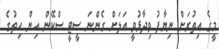
މީގެ އިތުރަށް ނިޔާފު ވިދާޅުވީ އަލަށް ގެންނަ ސީޓީ ސްކޭން އިން ހިތުގެ